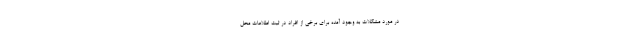
در مورد مشکلات به وجود آمده برای برخی از افراد در ثبت اطلاعات محل